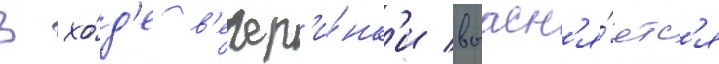
В хо́д'е в'ечер'и́нк'и выасн'я́етс'я